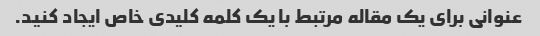
عنوانی برای یک مقاله مرتبط با یک کلمه کلیدی خاص ایجاد کنید.